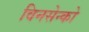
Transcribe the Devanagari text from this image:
विनसेन्को